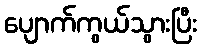
ပျောက်ကွယ်သွားပြီး